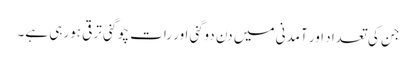
جن کی تعداد اور آمدنی میں دن دوگنی اور رات چوگنی ترقی ہورہی ہے۔